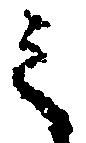
之